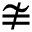
\ncong